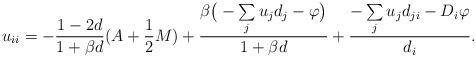
LaTeX: \begin{align*}u_{i i } = - \frac{{1-2d}}{1+ \beta d}(A + \frac{1}{2}M) + \frac{{\beta \big(-\sum\limits_j {u_j d_j } - \varphi \big)}}{1+ \beta d} + \frac{{-\sum\limits_j { u_j d_{ji}} - D_i\varphi }}{{d_{i } }}.\end{align*}